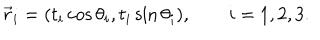
\vec { r } _ { i } = ( t _ { i } \cos \theta _ { i } , t _ { i } \sin \theta _ { i } ) , \qquad i = 1 , 2 , 3 .